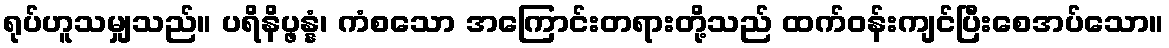
ရုပ်ဟူသမျှသည်။ ပရိနိပ္ဖန္နံ၊ ကံစသော အကြောင်းတရားတို့သည် ထက်ဝန်းကျင်ပြီးစေအပ်သော။